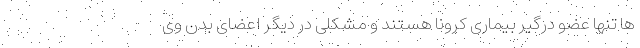
ها تنها عضو درگیر بیماری کرونا هستند و مشکلی در دیگر اعضای بدن وی